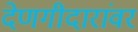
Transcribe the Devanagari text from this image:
देणगीदारांवर